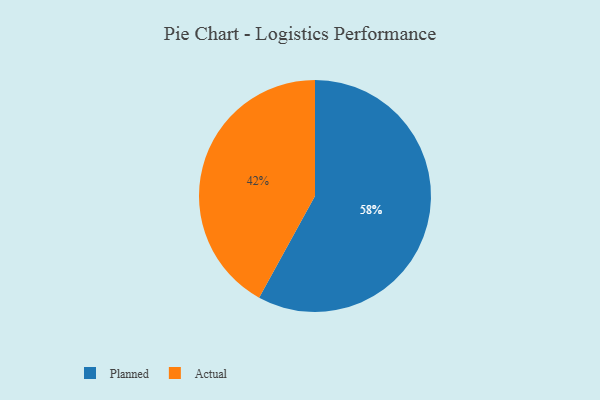
{"axis": {"x": "Category", "y": "Percentage"}, "legend": ["Actual", "Planned"], "data": [{"x": "Actual", "y": 42, "type": "Actual"}, {"x": "Planned", "y": 58, "type": "Planned"}]}